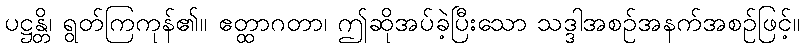
ပဋ္ဌန္တိ၊ ရွတ်ကြကုန်၏။ ဧတ္ထာဂတာ၊ ဤဆိုအပ်ခဲ့ပြီးသော သဒ္ဒါအစဉ်အနက်အစဉ်ဖြင့်။